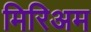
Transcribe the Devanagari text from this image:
मिरिअम